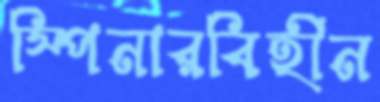
স্পিনারবিহীন